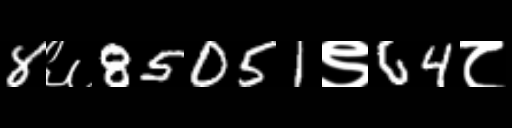
Text: 8६85051९64८